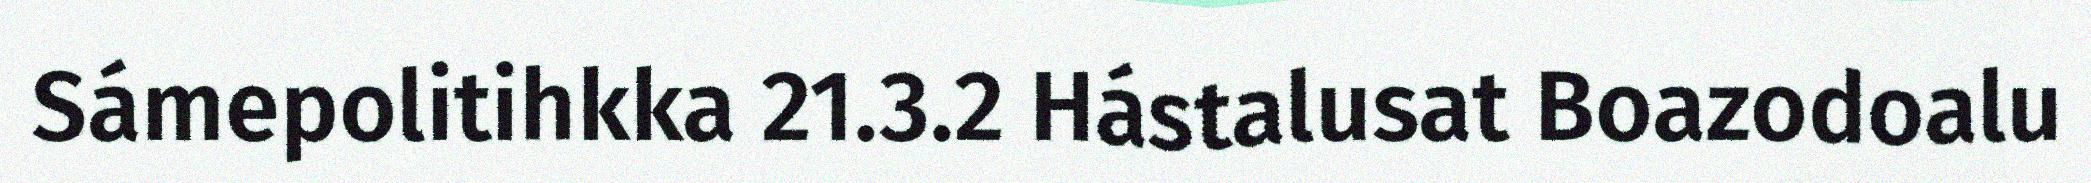
Sámepolitihkka 21.3.2 Hástalusat Boazodoalu